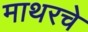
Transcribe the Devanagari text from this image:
माथरचे